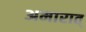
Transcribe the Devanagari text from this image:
अमारात्